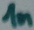
Text: 1n